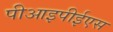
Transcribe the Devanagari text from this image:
पीआइपीईएस